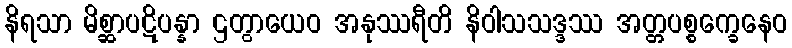
နိရသာ မိစ္ဆာပဋိပန္နာ ဌတွာယေဝ အနုဿရီတိ နိဝါသသဒ္ဒဿ အတ္တပစ္စက္ခေနေဝ